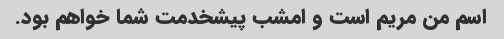
اسم من مریم است و امشب پیشخدمت شما خواهم بود.